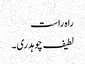
راہ راست
لطیف چوہدری۔